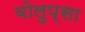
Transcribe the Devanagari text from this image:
वोलुप्सा